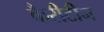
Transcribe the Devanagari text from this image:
कैरीटीन